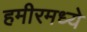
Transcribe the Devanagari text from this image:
हमीरमध्ये